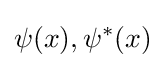
\psi (x),\psi ^{*}(x)